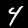
Label: 4